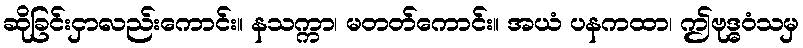
ဆိုခြင်းငှာလည်းကောင်း။ နသက္ကာ၊ မတတ်ကောင်း။ အယံ ပနကထာ၊ ဤဗုဒ္ဓဝံသမှ